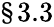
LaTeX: \S 3.3